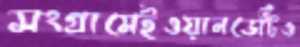
সংগ্রামেইওয়ানডেটিও